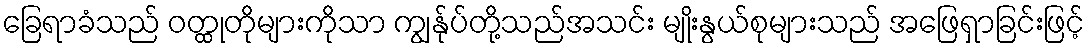
ခြေရာခံသည် ဝတ္ထုတိုများကိုသာ ကျွန်ုပ်တို့သည်အသင်း မျိုးနွယ်စုများသည် အဖြေရှာခြင်းဖြင့်